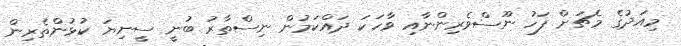
މިއަދުގެ މެޗަށް ފަހު ނޫސްވެރިންނާއި ވާހަކަ ދައްކަމުން ނިސްތާރު ބުނީ ސީނިޔަ ކުޅުންތެރިން